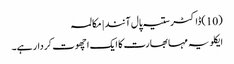
(10)ڈاکٹر ستیہ پال آنند | مکالمہ
ایکلویہ مہا بھارت کا ایک اچھوت کردار ہے۔